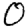
Digit: 0